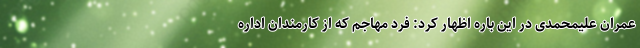
عمران علیمحمدی در این باره اظهار کرد: فرد مهاجم که از کارمندان اداره